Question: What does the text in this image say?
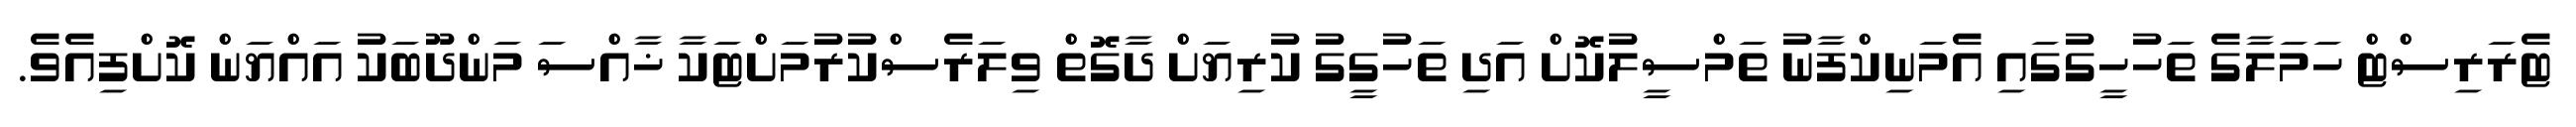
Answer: ޓެރަރިސްޓް ހަމަލާގެ ތަހުހީގުގައި އެމަނިކްފާނު ތަމްސީލުކޮށް އަދި ތަހުގީގު ކުރިޔަށް ދާގޮތް ވިލަރެސްކުރުމަށްޓަކާ ޚާއްސަ މަންދޫބަކު އައްޔަން ކޮށްފިއެވެ.